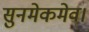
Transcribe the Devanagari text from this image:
सुनमेकमेव।